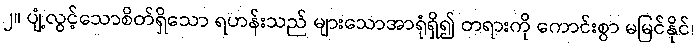
၂။ ပျံ့လွင့်သောစိတ်ရှိသော ရဟန်းသည် များသောအာရုံရှိ၍ တရားကို ကောင်းစွာ မမြင်နိုင်၊